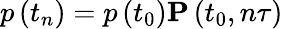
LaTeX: p\left(t_{n}\right)=p\left(t_{0}\right)\mathbf{P}\left(t_{0},n\tau\right)